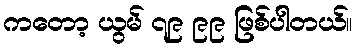
ကတော့ ယွမ် ၇၉ ၉၉ ဖြစ်ပါတယ်။